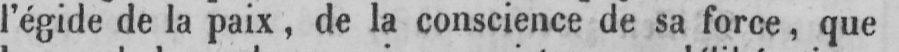
l’égide de la paix, de la conscience de sa force, que